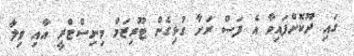
ގައި ދޫކޮށްފައިވާ އެ ފަސް ރަށާ ގުޅިގެން ޓޫރިޒަމް މިނިސްޓްރީ އާއި ވިލާ